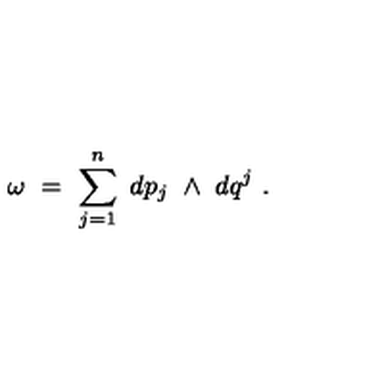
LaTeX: \omega \ = \ \sum _ { j = 1 } ^ { n } \ d p _ { j } \ \wedge \ d q ^ { j } \ .